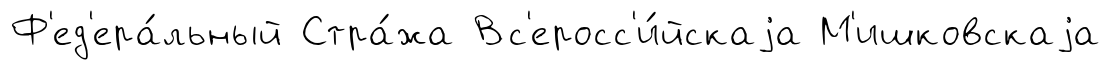
Ф'ед'ера́льный Стра́жа Вс'еросс'и́йскаjа М'ишковскаjа